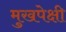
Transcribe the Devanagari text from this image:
मुखपेक्षी